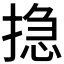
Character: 𢰽